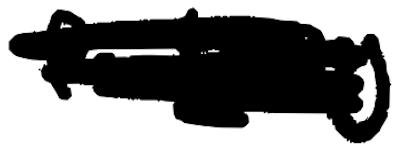
Text: fantasy
Cross-out: scratch
Writing tool: digital_black